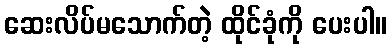
ဆေးလိပ်မသောက်တဲ့ ထိုင်ခုံကို ပေးပါ။